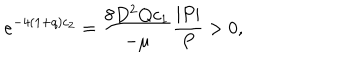
LaTeX: e ^ { - 4 ( 1 + q ) c _ { 2 } } = \frac { 8 D ^ { 2 } Q c _ { 1 } } { - \mu } \frac { | P | } { P } > 0 ,